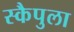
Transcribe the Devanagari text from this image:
स्कैपुला